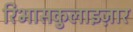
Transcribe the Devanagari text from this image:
रिभासकुलाइज़ार